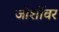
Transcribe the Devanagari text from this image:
जोशींवर